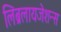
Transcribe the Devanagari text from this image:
लिब्रलायजेशन्स